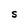
Character: S